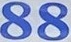
88